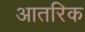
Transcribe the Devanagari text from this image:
आतरिक